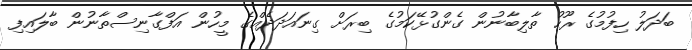
ބަދަލު ހިފުމުގެ ރޫހު ތާލިބާނުން ގެންގުޅޭކަމުގެ ބިރަށް ގިނައަދަދެއްގެ މީހުން އަފްގާނިސްތާނުން ބާލައިފި